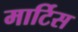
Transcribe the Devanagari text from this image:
मार्टिस